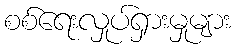
စစ်ရေးလှုပ်ရှားမှုများ